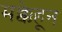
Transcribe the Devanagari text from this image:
मक्केहून